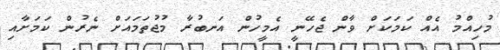
މުހިއްމު އެއް ކަމަކަށް ވާން ޖެހޭނީ އެމީހުން އަނބުރާ މުޖުތަމައަށް ނެރުން ކަމަށާއި